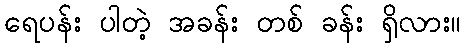
ရေပန်း ပါတဲ့ အခန်း တစ် ခန်း ရှိလား။